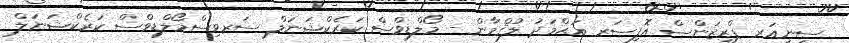
ސީނިއަރ ޕްރިޒަންސް އޮފިސަރ އަޙްމަދު ލުޤްމާން - މޯލްޑިވްސް ކަރެކްޝަނަލް ސަރވިސްމޯލްޑިވްސް ކަރެކްޝަނަލް